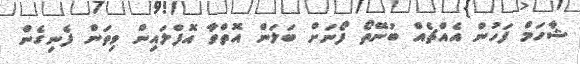
ޝާހަމް ފަހުން އެއްޗެއް ބުނޭތޯ ފޯނަށް ބަލަން އޮތްވާ އޮފްލައިން ވިތަން ފެނިގެން